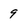
Character: 9